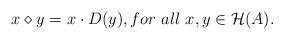
LaTeX: \begin{align*} x \diamond y = x\cdot D(y),for~all~x,y\in \mathcal{H}(A). \end{align*}